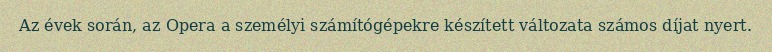
Az évek során, az Opera a személyi számítógépekre készített változata számos díjat nyert.